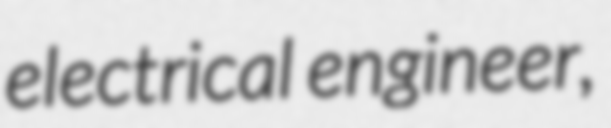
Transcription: electrical engineer,